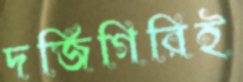
দর্জিগিরিই